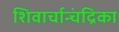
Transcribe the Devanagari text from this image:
शिवार्चान्चंद्रिका